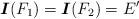
LaTeX: \begin{align*}\mbox{\boldmath$I$}(F_1)=\mbox{\boldmath$I$}(F_2)=E'\end{align*}